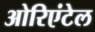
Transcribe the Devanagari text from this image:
ओरिएंटेल